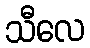
သီလေ